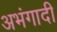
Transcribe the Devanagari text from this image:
अभंगादी